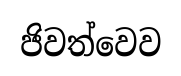
ජිවත්වෙව